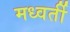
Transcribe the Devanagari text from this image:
मध्वर्ती